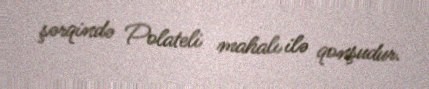
şərqində Polateli mahalı ilə qonşudur.